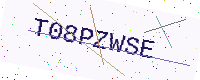
Text: T08PZWSE